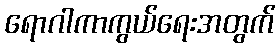
ရောဂါကာကွယ်ရေးအတွက်